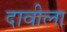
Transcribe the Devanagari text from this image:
दावीला